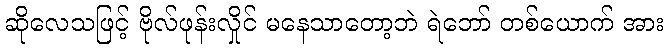
ဆိုလေသဖြင့် ဗိုလ်ဖုန်းလှိုင် မနေသာတော့ဘဲ ရဲဘော် တစ်ယောက် အား